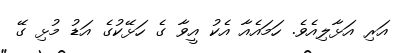
އަރި އަޅާލިއެވެ. ހަމައެއާ އެކު އީވާ ގެ ހަޅޭކުގެ އަޑު މުޅި ގޭ